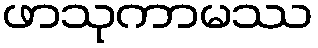
ဖာသုကာမဿ